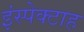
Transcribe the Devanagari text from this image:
इंस्पेक्टाह